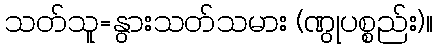
သတ်သူ=နွားသတ်သမား (ဏွုပစ္စည်း)။